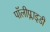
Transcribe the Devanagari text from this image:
पॉलीप्लाइडी